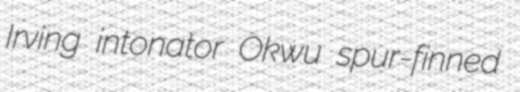
Irving intonator Okwu spur-finned